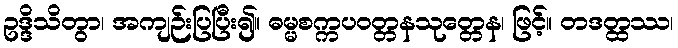
ဥဒ္ဒိသိတွာ၊ အကျဉ်းပြပြီး၍။ ဓမ္မစက္ကပဝတ္တနသုတ္တေန၊ ဖြင့်။ တဒတ္ထဿ၊